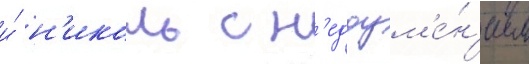
и́ н'иколь с н'едоум'е́н'ием